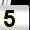
Digit: 5